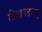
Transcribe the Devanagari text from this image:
टीआरडब्ल्यू